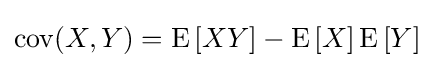
\operatorname {cov} (X,Y)=\operatorname {E} \left[XY\right]-\operatorname {E} \left[X\right]\operatorname {E} \left[Y\right]